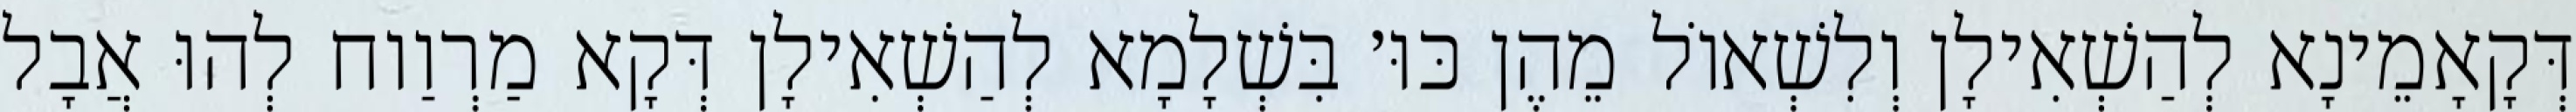
דְּקָאָמֵינָא לְהַשְׁאִילָן וְלִשְׁאוֹל מֵהֶן כּוּ׳ בִּשְׁלָמָא לְהַשְׁאִילָן דְּקָא מַרְוַוח לְהוּ אֲבָל